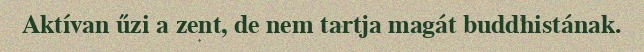
Aktívan űzi a zent, de nem tartja magát buddhistának.